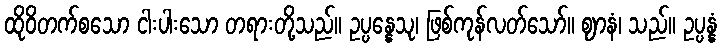
ထိုဝိတက်စသော ငါးပါးသော တရားတို့သည်။ ဥပ္ပန္နေသု၊ ဖြစ်ကုန်လတ်သော်။ ဈာနံ၊ သည်။ ဥပ္ပန္နံ